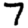
Digit: 7